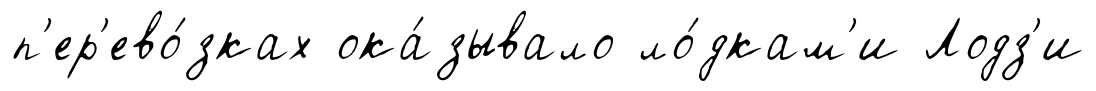
п'ер'ево́зках ока́зывало ло́дкам'и Лодз'и